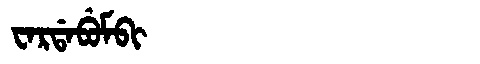
Manchu: ᠸᠠᡵᡩᠠᠪᡠᠮᠪᡳ
Romanization: WARDABUMBI